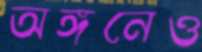
অঙ্গনেও